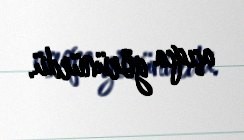
açıqca görünürdü.